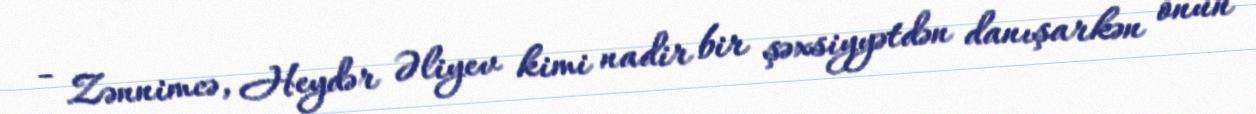
- Zənnimcə, Heydər Əliyev kimi nadir bir şəxsiyyətdən danışarkən onun